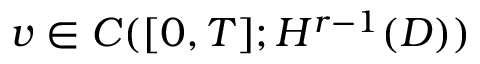
v \in C ( [ 0 , T ] ; H ^ { r - 1 } ( D ) )